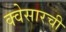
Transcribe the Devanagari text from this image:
क्वेसारची